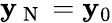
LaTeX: \mathbf{y}_{\mathrm{~N~}}=\mathbf{y}_{0}